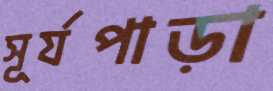
সূর্যপাড়া